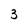
Character: 3